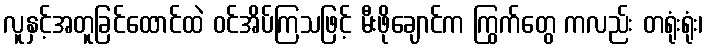
လူနှင့်အတူခြင်ထောင်ထဲ ဝင်အိပ်ကြသဖြင့် မီးဖိုချောင်က ကြွက်တွေ ကလည်း တရုံးရုံး၊